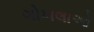
ગોખલાઓ